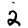
Digit: 2